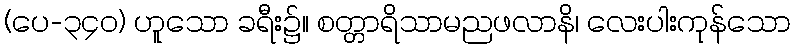
(ပေ-၃၄၀) ဟူသော ခရီး၌။ စတ္တာရိသာမညဖလာနိ၊ လေးပါးကုန်သော